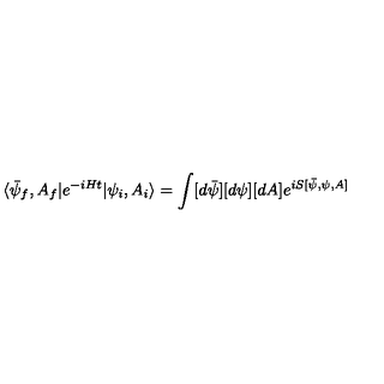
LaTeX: \langle \bar { \psi } _ { f } , A _ { f } | e ^ { - i H t } | \psi _ { i } , A _ { i } \rangle = \int [ d \bar { \psi } ] [ d \psi ] [ d A ] e ^ { i S [ \bar { \psi } , \psi , A ] }